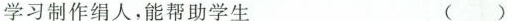
学习制作绢人，能帮助学生 ()